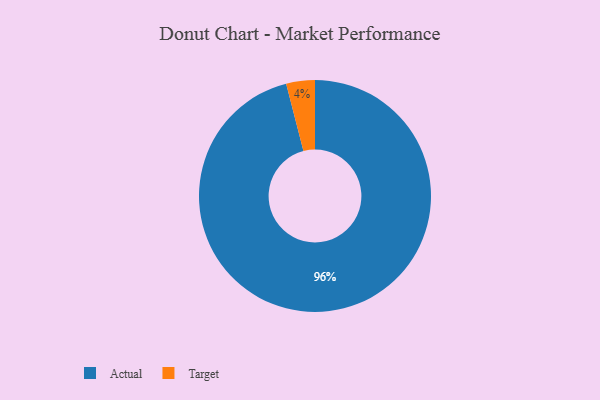
{"axis": {"x": "Category", "y": "Percentage"}, "legend": ["Actual", "Target"], "data": [{"x": "Target", "y": 4, "type": "Target"}, {"x": "Actual", "y": 96, "type": "Actual"}]}